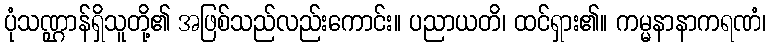
ပုံသဏ္ဌာန်ရှိသူတို့၏ အဖြစ်သည်လည်းကောင်း။ ပညာယတိ၊ ထင်ရှား၏။ ကမ္မနာနာကရဏံ၊